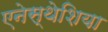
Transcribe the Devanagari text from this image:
एनेस्थेशिया